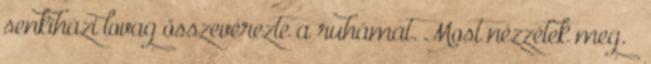
senkiházi lovag összevérezte a ruhámat. Most nézzétek meg. –